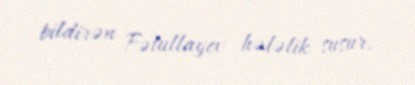
bildirən Fətullayev hələlik susur.